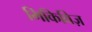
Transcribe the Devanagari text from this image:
मिकिविज़